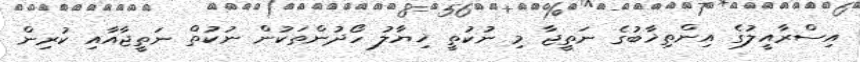
އިސްރާއީލުގެ އިންތިޚާބުގެ ނަތީޖާ މި ނުކުތީ ޚިޔާލު ހޯދުންތަކުން ނުކުތް ނަތީޖާއާއި ކުރިން